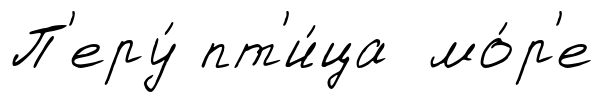
П'еру́ пт'и́ца мо́р'е